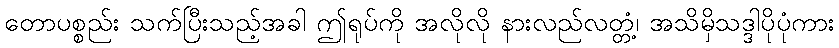
တောပစ္စည်း သက်ပြီးသည့်အခါ ဤရုပ်ကို အလိုလို နားလည်လတ္တံ့၊ အသိမှိသဒ္ဒါပိုပုံကား